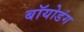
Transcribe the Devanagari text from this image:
बॉयोडंग